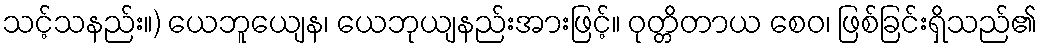
သင့်သနည်း။) ယေဘူယျေန၊ ယေဘုယျနည်းအားဖြင့်။ ဝုတ္တိတာယ စေဝ၊ ဖြစ်ခြင်းရှိသည်၏